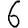
Digit: 6